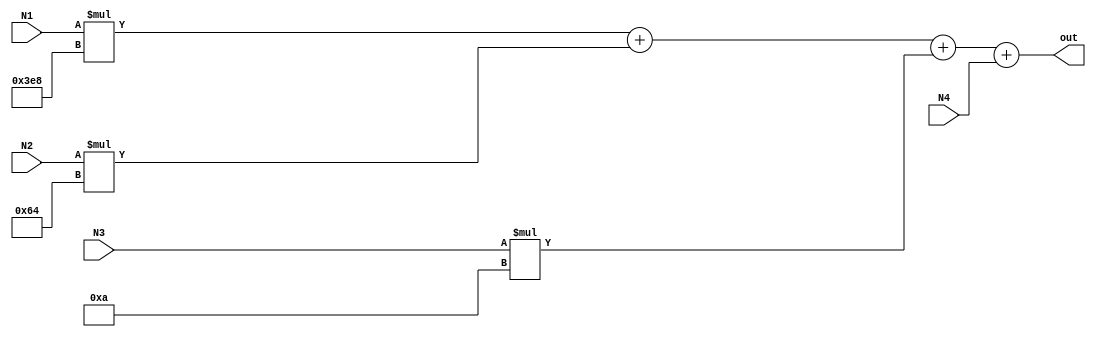
`timescale 1ns / 1ps
//////////////////////////////////////////////////////////////////////////////////
// Company: 
// Engineer: 
// 
// Design Name: 
// Module Name:    bcd2bin 
// Project Name: 
// Target Devices: 
// Tool versions: 
// Description: 
//
// Dependencies: 
//
// Revision: 
// Revision 0.01 - File Created
// Additional Comments: 
//
//////////////////////////////////////////////////////////////////////////////////
module bcd2bin(
		input [3:0] N1, N2, N3, N4,
		output [13:0] out
    );
	 
assign out = N1 * 1000 + N2 * 100 + N3 * 10 + N4;

endmodule